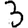
Digit: 3